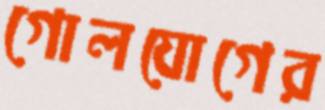
গোলযোগের